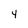
Character: 4